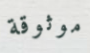
موثوقة